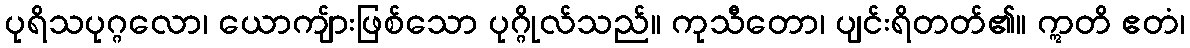
ပုရိသပုဂ္ဂလော၊ ယောကျ်ားဖြစ်သော ပုဂ္ဂိုလ်သည်။ ကုသီတော၊ ပျင်းရိတတ်၏။ ဣတိ ဧတံ၊